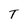
Character: T